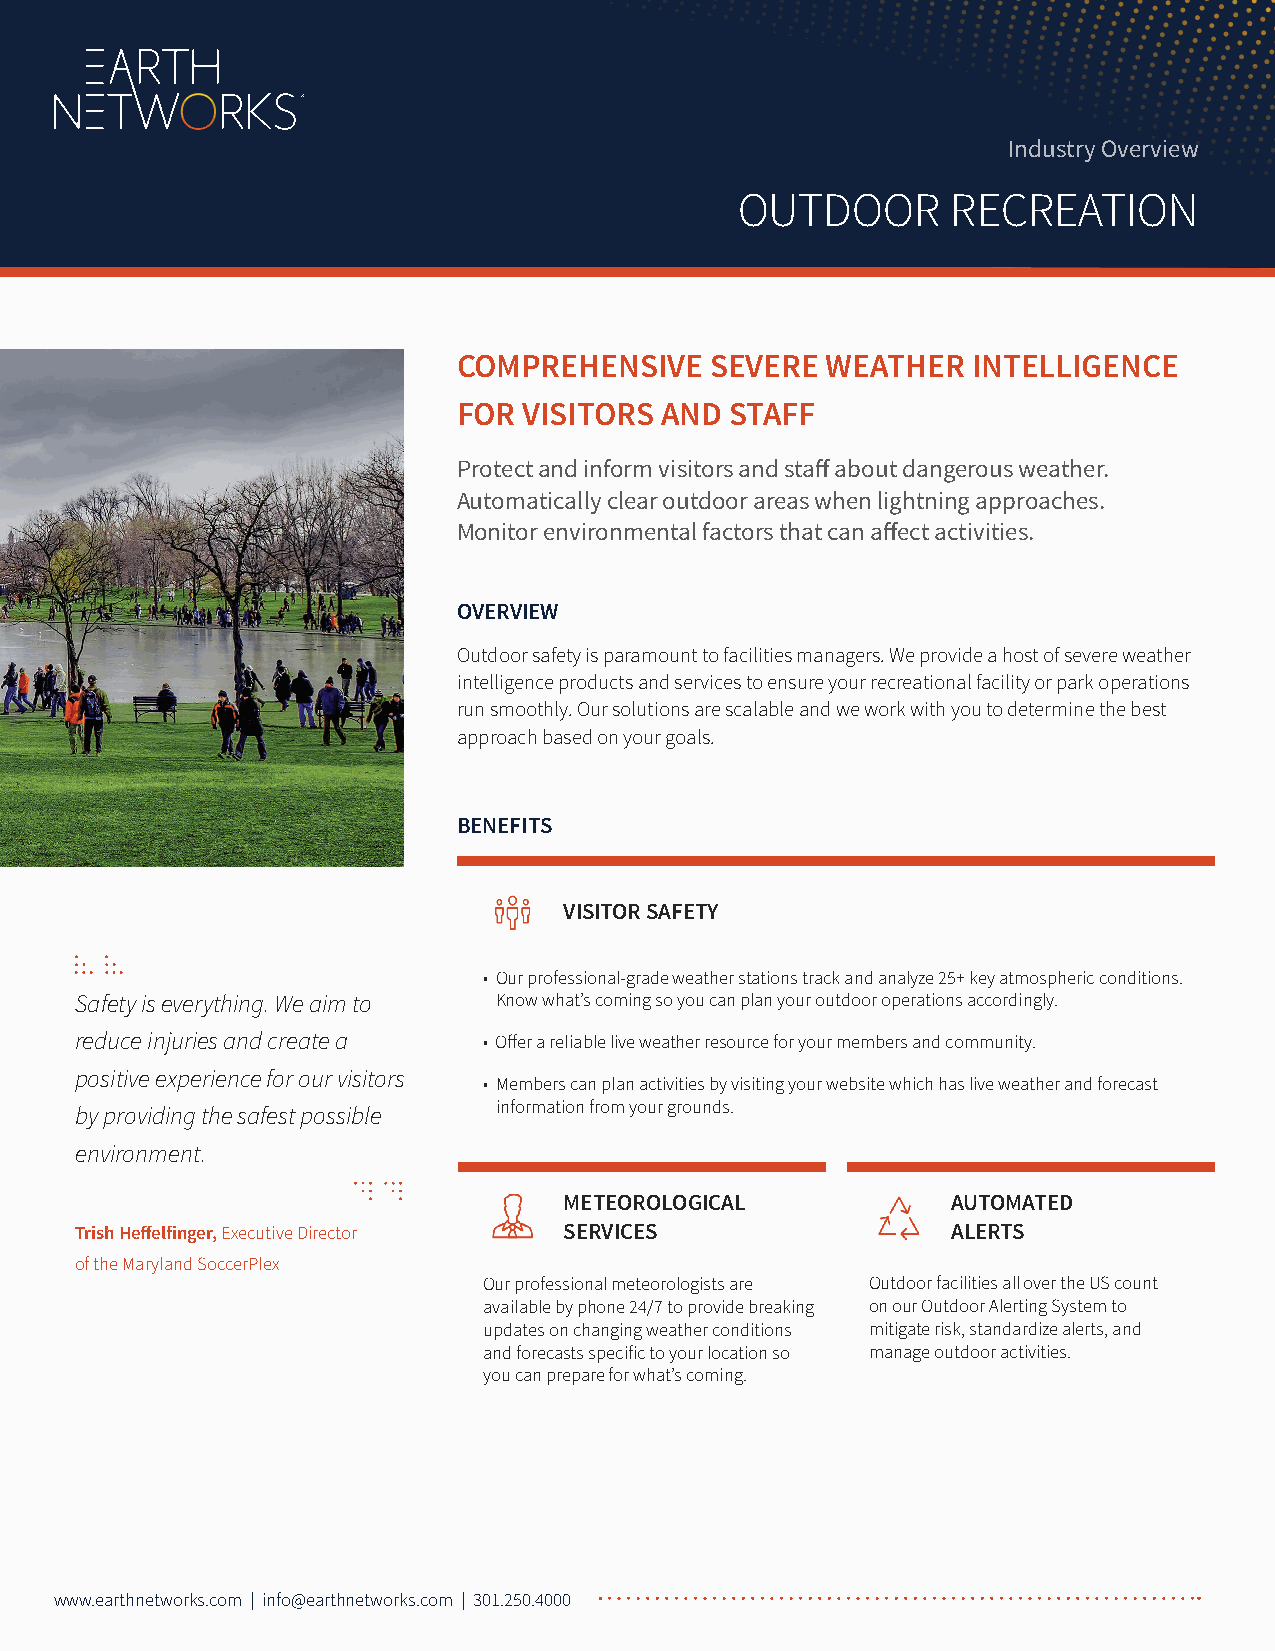
Industry Overview
 OUTDOOR       RECREATION
 COMPREHENSIVE    SEVERE  WEATHER  INTELLIGENCE
 FOR  VISITORS AND STAFF
 Protect and inform visitors and staff about dangerous weather.
 Automatically clear outdoor areas when lightning approaches.
 Monitor environmental factors that can affect activities.
 OVERVIEW
 Outdoor safety is paramount to facilities managers. We provide a host of severe weather
 intelligence products and services to ensure your recreational facility or park operations
 run smoothly. Our solutions are scalable and we work with you to determine the best
 approach based on your goals.
 BENEFITS
 VISITOR SAFETY
 • Our professional-grade weather stations track and analyze 25+ key atmospheric conditions.
 Safety is everything. We aim to Know what’s coming so you can plan your outdoor operations accordingly.
 reduce injuries and create a • Offer a reliable live weather resource for your members and community.
 positive experience for our visitors
 • Members can plan activities by visiting your website which has live weather and forecast
 information from your grounds.
 by providing the safest possible
 environment.
 METEOROLOGICAL            AUTOMATED
 Trish Heffelfinger, Executive Director SERVICES           ALERTS
 of the Maryland SoccerPlex
 Our professional meteorologists are Outdoor facilities all over the US count
 available by phone 24/7 to provide breaking on our Outdoor Alerting System to
 updates on changing weather conditions mitigate risk, standardize alerts, and
 and forecasts specific to your location so manage outdoor activities.
 you can prepare for what’s coming.
 www.earthnetworks.com | info@earthnetworks.com | 301.250.4000